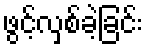
ဖွင့်လှစ်ခဲ့ခြင်း